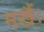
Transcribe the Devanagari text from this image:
मखैं।